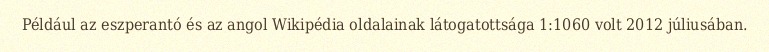
Például az eszperantó és az angol Wikipédia oldalainak látogatottsága 1:1060 volt 2012 júliusában.